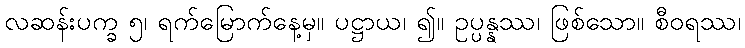
လဆန်းပက္ခ ၅၊ ရက်မြောက်နေ့မှ။ ပဋ္ဌာယ၊ ၍။ ဥပ္ပန္နဿ၊ ဖြစ်သော။ စီဝရဿ၊